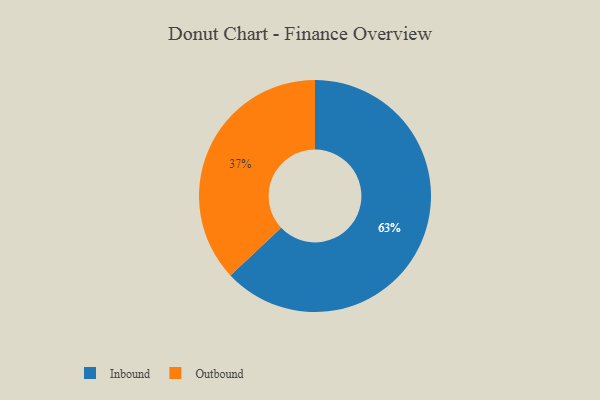
{"axis": {"x": "Category", "y": "Percentage"}, "legend": ["Inbound", "Outbound"], "data": [{"x": "Outbound", "y": 37, "type": "Outbound"}, {"x": "Inbound", "y": 63, "type": "Inbound"}]}